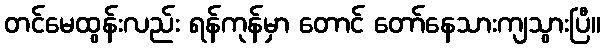
တင်မေထွန်းလည်း ရန်ကုန်မှာ တောင် တော်နေသားကျသွားပြီ။